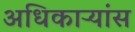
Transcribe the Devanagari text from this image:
अधिकाऱ्यांस